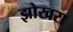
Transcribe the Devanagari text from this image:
झोखरा